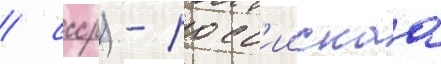
/ ссср) - росс'иискаа